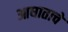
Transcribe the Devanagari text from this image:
आघाताचे